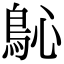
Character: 𩾽